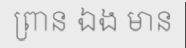
ព្រាន ឯង មាន